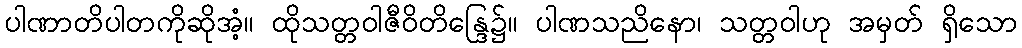
ပါဏာတိပါတကိုဆိုအံ့။ ထိုသတ္တဝါဇီဝိတိန္ဒြေ၌။ ပါဏသညိနော၊ သတ္တဝါဟု အမှတ် ရှိသော